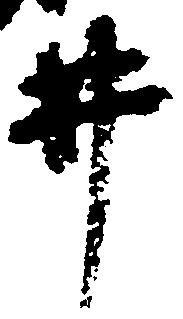
井